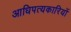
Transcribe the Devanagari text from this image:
आधिपत्यकारियों